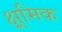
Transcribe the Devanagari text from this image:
क्ष्रमिक